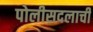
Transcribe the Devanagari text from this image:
पोलीसदलाची